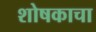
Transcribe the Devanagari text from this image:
शोषकाचा